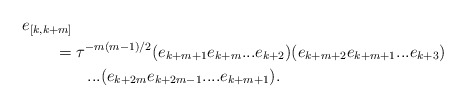
\begin{align*}& e_{[k,k+m]}\\ &\qquad={\tau}^{-m(m-1)/2}(e_{k+m+1}e_{k+m}...e_{k+2})(e_{k+m+2} e_{k+m+1}...e_{k+3})\\&\qquad\qquad...(e_{k+2m}e_{k+2m-1}....e_{k+m+1}).\end{align*}